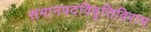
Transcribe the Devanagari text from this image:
समानपदविवृत्तिविराम